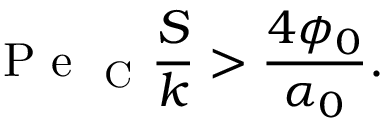
\mathrm { ~ P ~ e ~ } _ { \mathrm { ~ C ~ } } \frac { S } { k } > \frac { 4 \phi _ { 0 } } { \alpha _ { 0 } } .